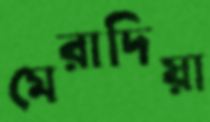
মেরাদিয়া